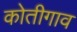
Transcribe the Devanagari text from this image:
कोतीगाव